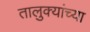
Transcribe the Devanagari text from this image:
तालुक्‍यांच्या